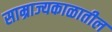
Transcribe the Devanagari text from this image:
साम्राज्यकाळातील